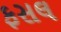
ફસલ